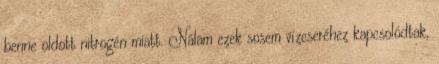
benne oldott nitrogén miatt. Nálam ezek sosem vízcseréhez kapcsolódtak,